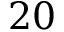
2 0